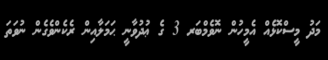
މަދު މީސްކޮޅެއް އެމީހުން ނޮވެމްބަރ 3 ގެ ޢުދުވާނީ ޙަމަލާއިން ރެކެންވެގެން ނުވަތަ